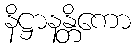
နိဋ္ဌာနန္တိကော